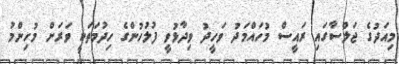
މިއަދުގެ ޖަލްސާގައި ރައީސް މުހައްމަދު ވަހީދު ވިދާޅުވީ ފުލުހުންގެ ހިދުމަތަކީ ވަރަށް މުހިންމު